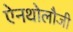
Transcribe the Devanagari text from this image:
ऐनथोलौजी